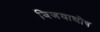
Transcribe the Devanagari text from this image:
विजयाघोष